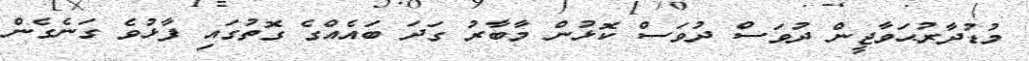
މުޑުދާރުޙަވާޖީން ދުވަސް ދުވަސް ކޮޅުން މާބާރު ގަދަ ބައެއްގެ ގޮތުގައި ފާޅުވެ ގަނެގެން